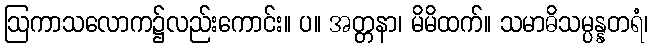
ဩကာသလောက၌လည်းကောင်း။ ပ။ အတ္တနာ၊ မိမိထက်။ သမာဓိသမ္ပန္နတရံ၊